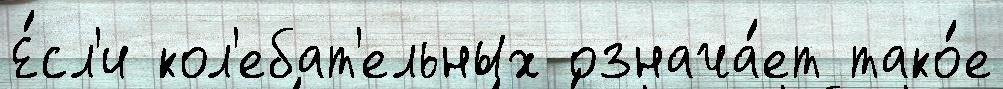
Е́сл'и кол'ебат'ельных означа́ет тако́е